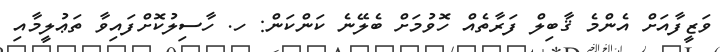
ވަޒީފާއަށް އެންމެ ޤާބިލް ފަރާތެއް ހޮވުމަށް ބެލޭނެ ކަންކަން: ހ. ހާސިލުކޮށްފައިވާ ތަޢުލީމާއި